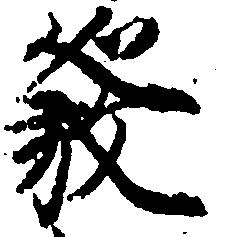
発